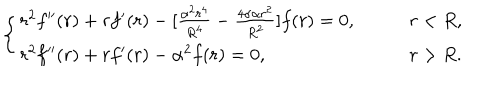
\left\{ \begin{array} { l l } { { r ^ { 2 } f ^ { \prime \prime } ( r ) + r f ^ { \prime } ( r ) - [ \frac { \alpha ^ { 2 } r ^ { 4 } } { R ^ { 4 } } - \frac { 4 \sigma \alpha r ^ { 2 } } { R ^ { 2 } } ] f ( r ) = 0 , } } & { { \qquad r < R , } } \\ { { r ^ { 2 } f ^ { \prime \prime } ( r ) + r f ^ { \prime } ( r ) - \alpha ^ { 2 } f ( r ) = 0 , } } & { { \qquad r > R . } } \\ \end{array} \right.